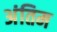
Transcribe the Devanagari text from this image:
अंतिम